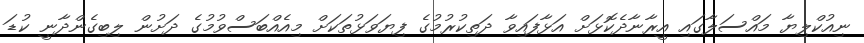
ނިއުކްލިޔާ މައްސަލާގައި އީރާނާދެކޮޅަށް އަޅާފައިވާ ދަތިކުރުމުގެ ފިޔަވަޅުތަކަށް މިއެއްބަސްވުމުގެ ދަށުން ލިބިގެންދާނީ ކުޑަ